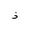
Letter: _thal